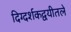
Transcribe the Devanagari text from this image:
दिग्दर्शकद्वयीतले